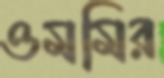
ওমমির